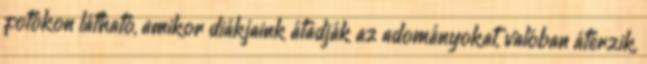
fotókon látható, amikor diákjaink átadják az adományokat, valóban átérzik,